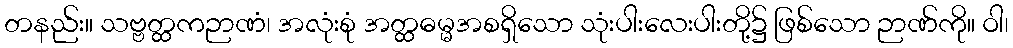
တနည်း။ သဗ္ဗတ္ထကဉာဏံ၊ အလုံးစုံ အတ္ထဓမ္မအစရှိသော သုံးပါးလေးပါးတို့၌ ဖြစ်သော ဉာဏ်ကို။ ဝါ၊